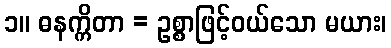
၁။ ဓနက္ကိတာ = ဥစ္စာဖြင့်ဝယ်သော မယား၊